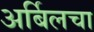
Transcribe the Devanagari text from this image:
अर्बिलचा